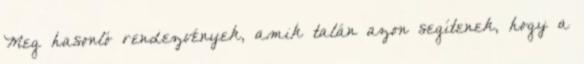
Meg hasonló rendezvények, amik talán azon segítenek, hogy a